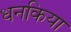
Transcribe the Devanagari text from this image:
धनकिया